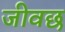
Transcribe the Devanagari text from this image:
जीवछ